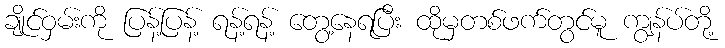
ချိုင်ဝှမ်းကို ပြန့်ပြန့် ရန့်ရန့် တွေ့နေရပြီး ထိုမှတစ်ဖက်တွင်မူ ကျွန်ပ်တို့